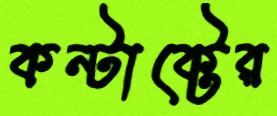
কন্টাক্টের